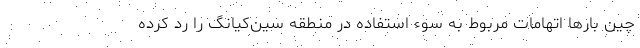
چین بارها اتهامات مربوط به سوء استفاده در منطقه سین‌کیانگ را رد کرده